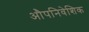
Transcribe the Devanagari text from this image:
औपनिवेशिक